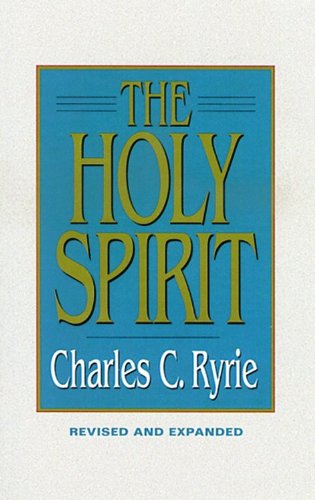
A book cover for The Holy Spirit; Charles C. C. Ryrie; Christian Books & Bibles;